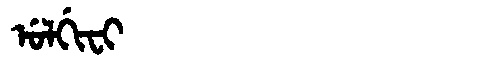
Manchu: ᡠᠯᡤᡳᠸᡳ
Romanization: ULGIFI